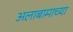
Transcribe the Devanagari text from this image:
अलाबामाच्या